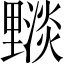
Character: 𨤵